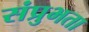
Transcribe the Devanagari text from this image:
संप्रुभता